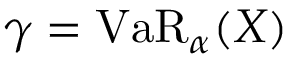
\gamma = \operatorname { V a R } _ { \alpha } ( X )